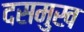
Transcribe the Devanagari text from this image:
दसमुख